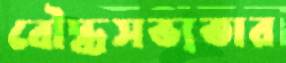
বৌদ্ধসভ্যতার